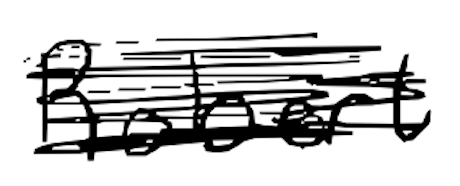
Text: Robert
Cross-out: scratch
Writing tool: digital_black